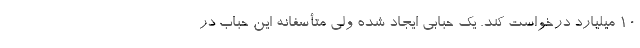
10 میلیارد درخواست کند. یک حبابی ایجاد شده ولی متأسفانه این حباب در